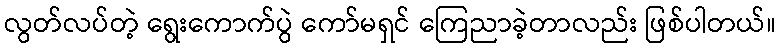
လွတ်လပ်တဲ့ ရွေးကောက်ပွဲ ကော်မရှင် ကြေညာခဲ့တာလည်း ဖြစ်ပါတယ်။